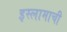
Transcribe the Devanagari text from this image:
इस्लामाची